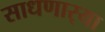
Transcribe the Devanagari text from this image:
साधणार्‍या